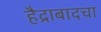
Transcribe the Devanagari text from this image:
हैद्राबादचा